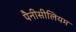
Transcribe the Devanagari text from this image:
पैनीसीलियम